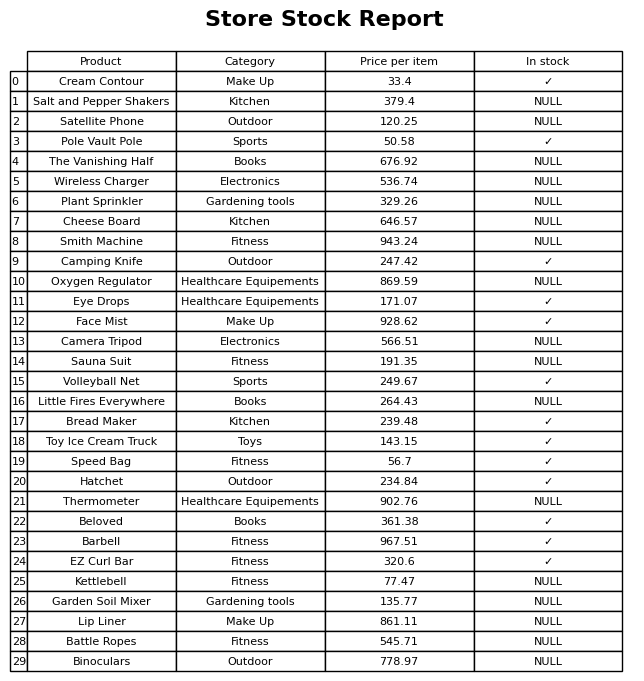
question: What is the price for Satellite Phone?
answer: The price of Satellite Phone is 120.25.